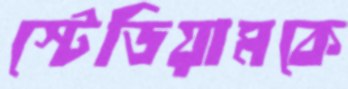
স্টেডিয়ামকে